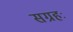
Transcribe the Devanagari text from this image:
सग्रहः